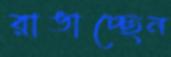
রাঙাচ্ছেন